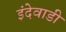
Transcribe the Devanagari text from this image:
इंदेवाडी